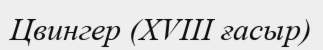
Цвингер (XVIII ғасыр)